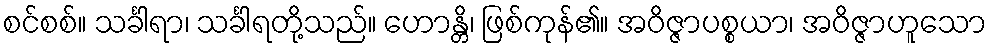
စင်စစ်။ သင်္ခါရာ၊ သင်္ခါရတို့သည်။ ဟောန္တိ၊ ဖြစ်ကုန်၏။ အဝိဇ္ဇာပစ္စယာ၊ အဝိဇ္ဇာဟူသော